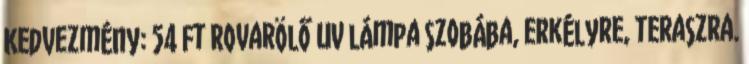
Kedvezmény: 54 Ft Rovarölő UV lámpa szobába, erkélyre, teraszra.